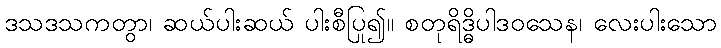
ဒသဒသကတွာ၊ ဆယ်ပါးဆယ် ပါးစီပြု၍။ စတုရိဒ္ဓိပါဒဝသေန၊ လေးပါးသော